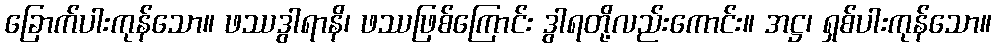
ခြောက်ပါးကုန်သော။ ဖဿဒွါရာနိ၊ ဖဿဖြစ်ကြောင်း ဒွါရတို့လည်းကောင်း။ အဋ္ဌ၊ ရှစ်ပါးကုန်သော။